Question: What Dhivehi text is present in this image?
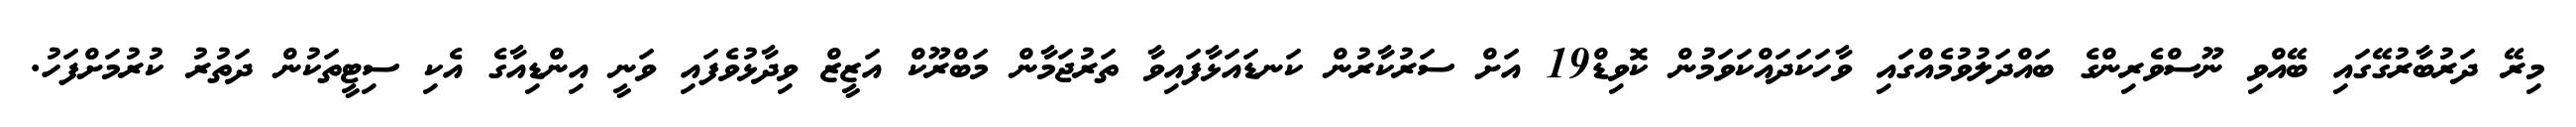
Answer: މިރޭ ދަރުބާރުގޭގައި ބޭއްވި ނޫސްވެރިންގެ ބައްދަލުވުމެއްގައި ވާހަކަދައްކަވަމުން ކޮވިޑް19 އަށް ސަރުކާރުން ކަނޑައަޅާފައިވާ ތަރުޖަމާން މަބްރޫކް އަޒީޒް ވިދާޅުވެފައި ވަނީ އިންޑިއާގެ އެކި ސިޓީތަކުން ދަތުރު ކުރުމަށްފަހު.